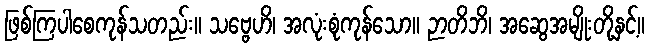
ဖြစ်ကြပါစေကုန်သတည်း။ သဗ္ဗေဟိ၊ အလုံးစုံကုန်သော။ ဉာတိဘိ၊ အဆွေအမျိုးတို့နှင့်။